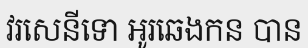
វរសេនីទោ អូរឆេងកន បាន